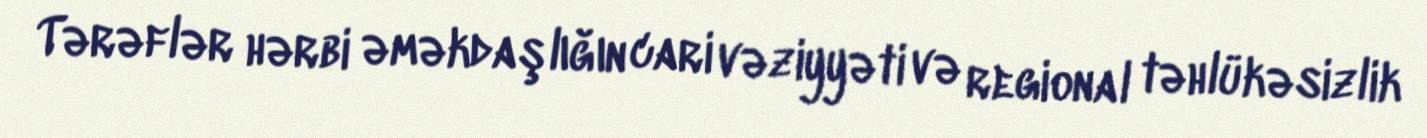
Tərəflər hərbi əməkdaşlığın cari vəziyyəti və regional təhlükəsizlik